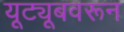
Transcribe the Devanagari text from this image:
यूट्यूबवरून